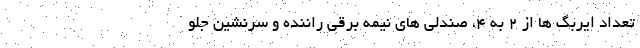
تعداد ایربگ ها از 2 به 4، صندلی های نیمه برقی راننده و سرنشین جلو